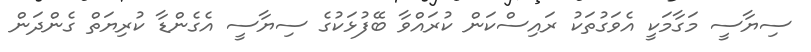
ސިޔާސީ މަގާމަކީ އެވަގުތަކު ރައިސްކަން ކުރައްވާ ބޭފުޅަކުގެ ސިޔާސީ އެގެންޑާ ކުރިޔަތް ގެންދަން